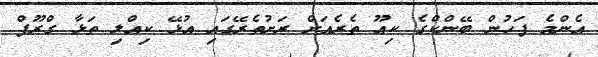
އެންމެ ފަހުން ބޭންކްގެ ކިއޫ ތެރެއަށް ރަށުތެރޭގައި އުޅޭ ކިއްލި ތަޅާ ގްރޫޕް